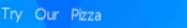
Try Our Pizza